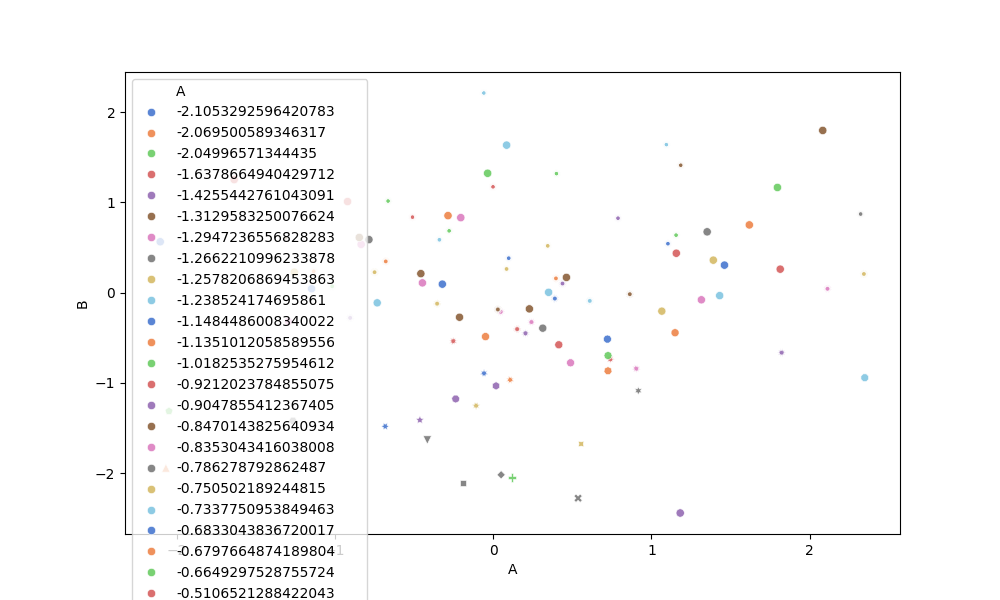
python, seaborn, scatterplot, hue='A', style='B', size='None', palette='muted', alpha=0.9